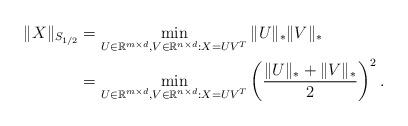
LaTeX: \begin{align*}\|X\|_{S_{1/2}}&=\min_{U\in\mathbb{R}^{m\times d},V\in\mathbb{R}^{n\times d}:X=UV^{T}}\|U\|_{*}\|V\|_{*}\\&=\min_{U\in\mathbb{R}^{m\times d},V\in\mathbb{R}^{n\times d}:X=UV^{T}}\left(\frac{\|U\|_{*}+\|V\|_{*}}{2}\right)^{2}.\end{align*}